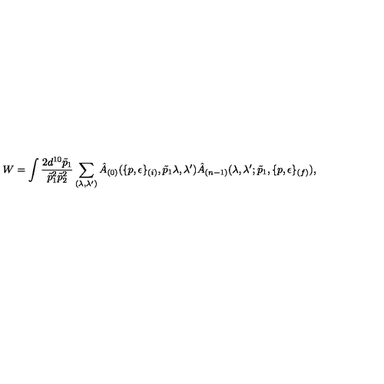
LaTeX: W = \int \frac { 2 d ^ { 1 0 } \tilde { p } _ { 1 } } { \tilde { p } _ { 1 } ^ { 2 } \tilde { p } _ { 2 } ^ { 2 } } \sum _ { ( \lambda , \lambda ^ { \prime } ) } \hat { A } _ { ( 0 ) } ( \{ p , \epsilon \} _ { ( i ) } , \tilde { p } _ { 1 } \lambda , \lambda ^ { \prime } ) \hat { A } _ { ( n - 1 ) } ( \lambda , \lambda ^ { \prime } ; \tilde { p } _ { 1 } , \{ p , \epsilon \} _ { ( f ) } ) ,